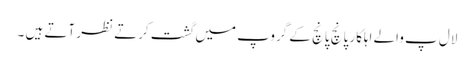
لال پ والے اہلکار پانچ پانچ کے گروپ میں گشت کرتے نظر آتے ہیں ۔